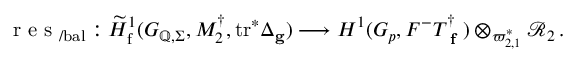
\textup { r e s } _ { / \mathrm { b a l } } : \widetilde { H } _ { \mathrm { f } } ^ { 1 } ( G _ { \mathbb { Q } , \Sigma } , M _ { 2 } ^ { \dagger } , \mathrm { t r } ^ { * } \Delta _ { \mathbf { g } } ) \longrightarrow H ^ { 1 } ( G _ { p } , F ^ { - } T _ { \textup { \bf f } } ^ { \dagger } ) \otimes _ { \varpi _ { 2 , 1 } ^ { * } } \mathcal { R } _ { 2 } \, .